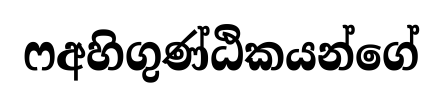
ෆඅහිගුණ්ඨිකයන්ගේ